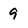
Character: 9